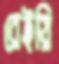
রেইয়ি